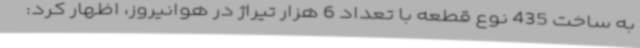
به ساخت 435 نوع قطعه با تعداد 6 هزار تیراژ در هوانیروز، اظهار کرد: